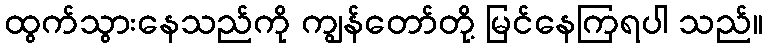
ထွက်သွားနေသည်ကို ကျွန်တော်တို့ မြင်နေကြရပါ သည်။